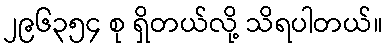
၂၉၆၃၅၄ စု ရှိတယ်လို့ သိရပါတယ်။